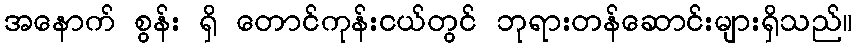
အနောက် စွန်း ရှိ တောင်ကုန်းငယ်တွင် ဘုရားတန်ဆောင်းများရှိသည်။